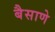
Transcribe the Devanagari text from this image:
बैसाणे